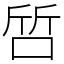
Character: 啠